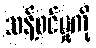
သန့်စင်မှုကို